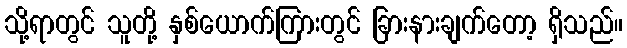
သို့ရာတွင် သူတို့ နှစ်ယောက်ကြားတွင် ခြားနားချက်တော့ ရှိသည်။